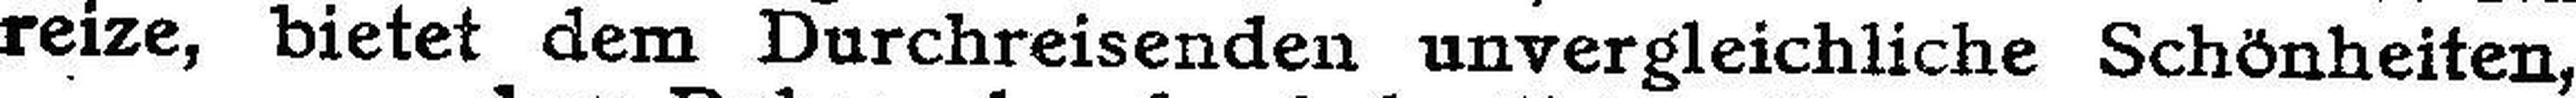
reize, bietet dem Durchreisenden unvergleichliche Schönheiten,